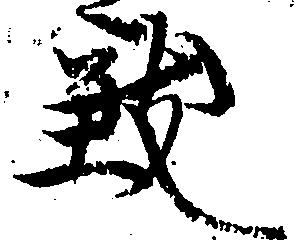
致